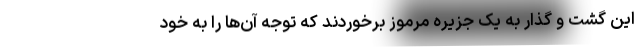
این گشت و گذار به یک جزیره مرموز برخوردند که توجه آن‌ها را به خود